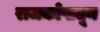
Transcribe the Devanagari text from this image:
राजकोषातून